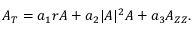
A _ { T } = a _ { 1 } r A + a _ { 2 } | A | ^ { 2 } A + a _ { 3 } A _ { Z Z } .